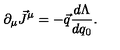
\partial _ { \mu } \vec { J } ^ { \mu } = - \vec { q } \frac { d \Lambda } { d q _ { 0 } } .